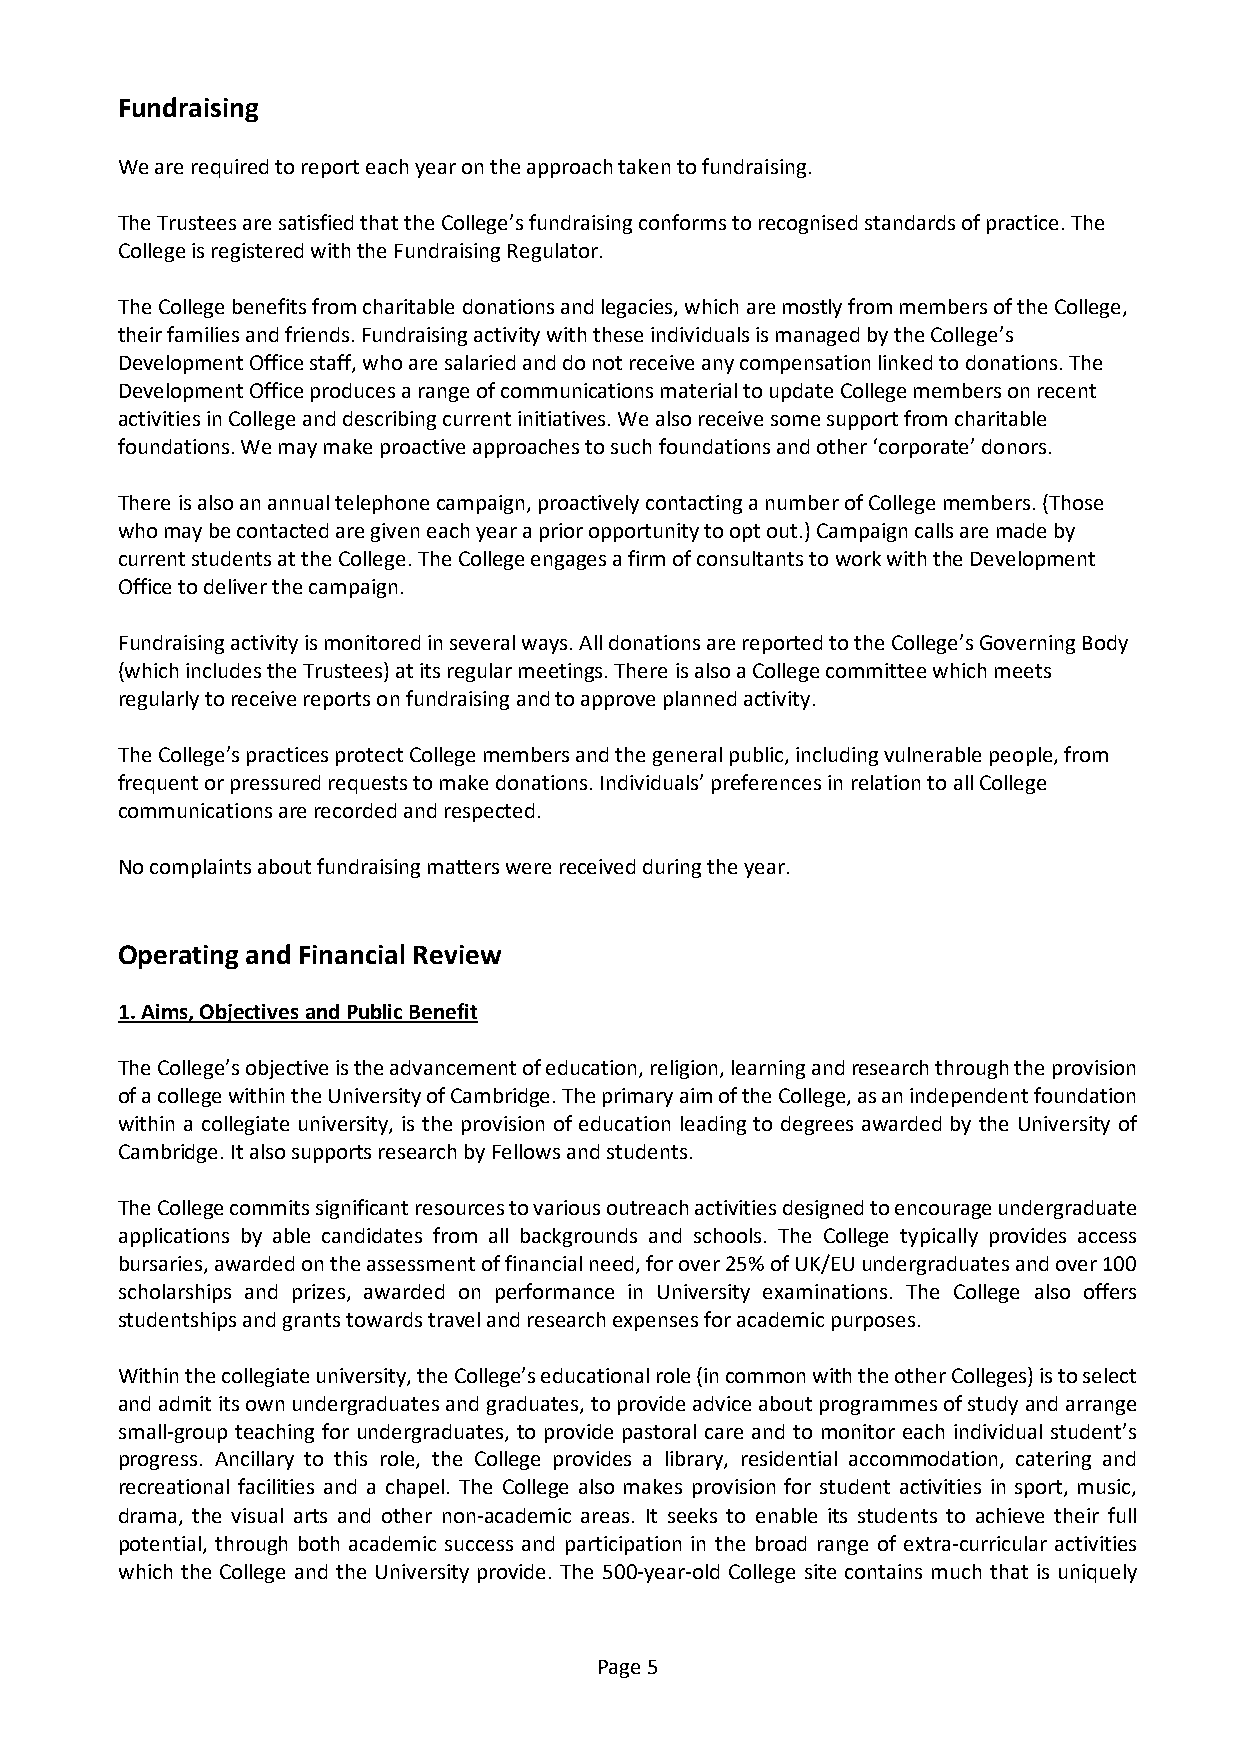
Fundraising
 We are required to report each year on the approach taken to fundraising.
 The Trustees are satisfied that the College’s fundraising conforms to recognised standards of practice. The
 College is registered with the Fundraising Regulator.
 The College benefits from charitable donations and legacies, which are mostly from members of the College,
 their families and friends. Fundraising activity with these individuals is managed by the College’s
 Development Office staff, who are salaried and do not receive any compensation linked to donations. The
 Development Office produces a range of communications material to update College members on recent
 activities in College and describing current initiatives. We also receive some support from charitable
 foundations. We may make proactive approaches to such foundations and other ‘corporate’ donors.
 There is also an annual telephone campaign, proactively contacting a number of College members. (Those
 who may be contacted are given each year a prior opportunity to opt out.) Campaign calls are made by
 current students at the College. The College engages a firm of consultants to work with the Development
 Office to deliver the campaign.
 Fundraising activity is monitored in several ways. All donations are reported to the College’s Governing Body
 (which includes the Trustees) at its regular meetings. There is also a College committee which meets
 regularly to receive reports on fundraising and to approve planned activity.
 The College’s practices protect College members and the general public, including vulnerable people, from
 frequent or pressured requests to make donations. Individuals’ preferences in relation to all College
 communications are recorded and respected.
 No complaints about fundraising matters were received during the year.
 Operating and Financial Review
 1. Aims, Objectives and Public Benefit
 The College’s objective is the advancement of education, religion, learning and research through the provision
 of a college within the University of Cambridge. The primary aim of the College, as an independent foundation
 within a collegiate university, is the provision of education leading to degrees awarded by the University of
 Cambridge. It also supports research by Fellows and students.
 The College commits significant resources to various outreach activities designed to encourage undergraduate
 applications by able candidates from all backgrounds and schools. The College typically provides access
 bursaries, awarded on the assessment of financial need, for over 25% of UK/EU undergraduates and over 100
 scholarships and prizes, awarded on performance in University examinations. The College also offers
 studentships and grants towards travel and research expenses for academic purposes.
 Within the collegiate university, the College’s educational role (in common with the other Colleges) is to select
 and admit its own undergraduates and graduates, to provide advice about programmes of study and arrange
 small-group teaching for undergraduates, to provide pastoral care and to monitor each individual student’s
 progress. Ancillary to this role, the College provides a library, residential accommodation, catering and
 recreational facilities and a chapel. The College also makes provision for student activities in sport, music,
 drama, the visual arts and other non-academic areas. It seeks to enable its students to achieve their full
 potential, through both academic success and participation in the broad range of extra-curricular activities
 which the College and the University provide. The 500-year-old College site contains much that is uniquely
 Page 5